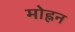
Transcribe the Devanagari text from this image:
मोह्नन